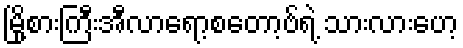
မြို့စားကြီးအီလာရော့စတော့ဗ်ရဲ့ သားလားဟေ့